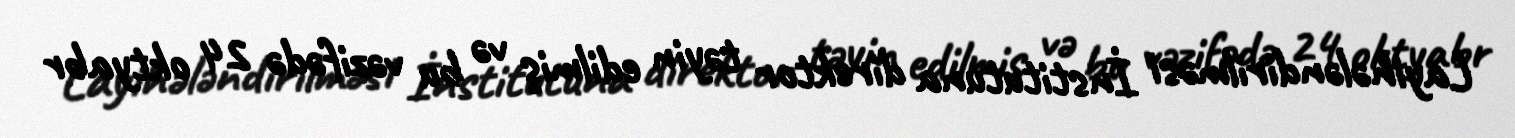
Layihələndirilməsi İnstitutuna direktor təyin edilmiş və bu vəzifədə 24 oktyabr